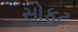
સોફટ